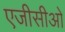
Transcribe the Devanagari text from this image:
एजीसीओ